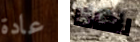
عادة لهاذا